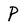
Character: P